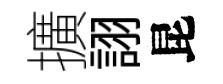
擴詡昆